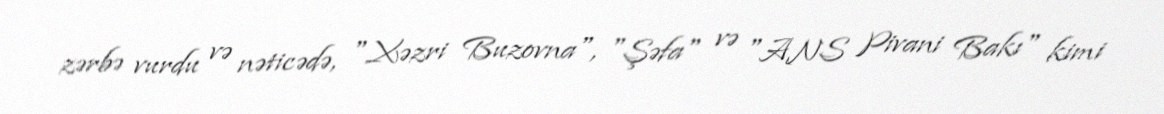
zərbə vurdu və nəticədə, "Xəzri Buzovna", "Şəfa" və "ANS Pivani Bakı" kimi